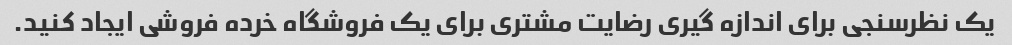
یک نظرسنجی برای اندازه گیری رضایت مشتری برای یک فروشگاه خرده فروشی ایجاد کنید.